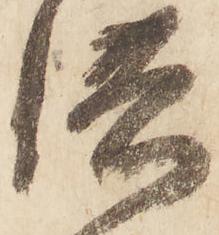
供